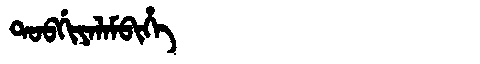
Manchu: ᡨᠣᠪᡤᡳᠶᠠᠯᠠᠮᠪᡳᡥᡝ
Romanization: TOBGIYALAMBIHE